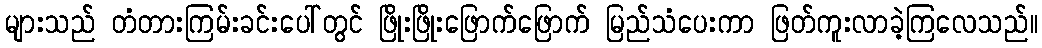
များသည် တံတားကြမ်းခင်းပေါ်တွင် ဖြိုးဖြိုးဖြောက်ဖြောက် မြည်သံပေးကာ ဖြတ်ကူးလာခဲ့ကြလေသည်။